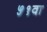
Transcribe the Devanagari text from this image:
५१वा